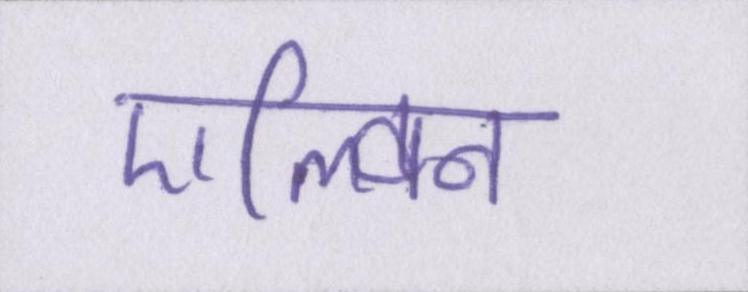
एल्विन